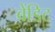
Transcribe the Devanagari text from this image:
बेंडिट